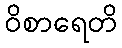
ဝိစာရေတိ